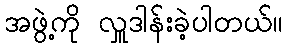
အဖွဲ့ကို လှူဒါန်းခဲ့ပါတယ်။